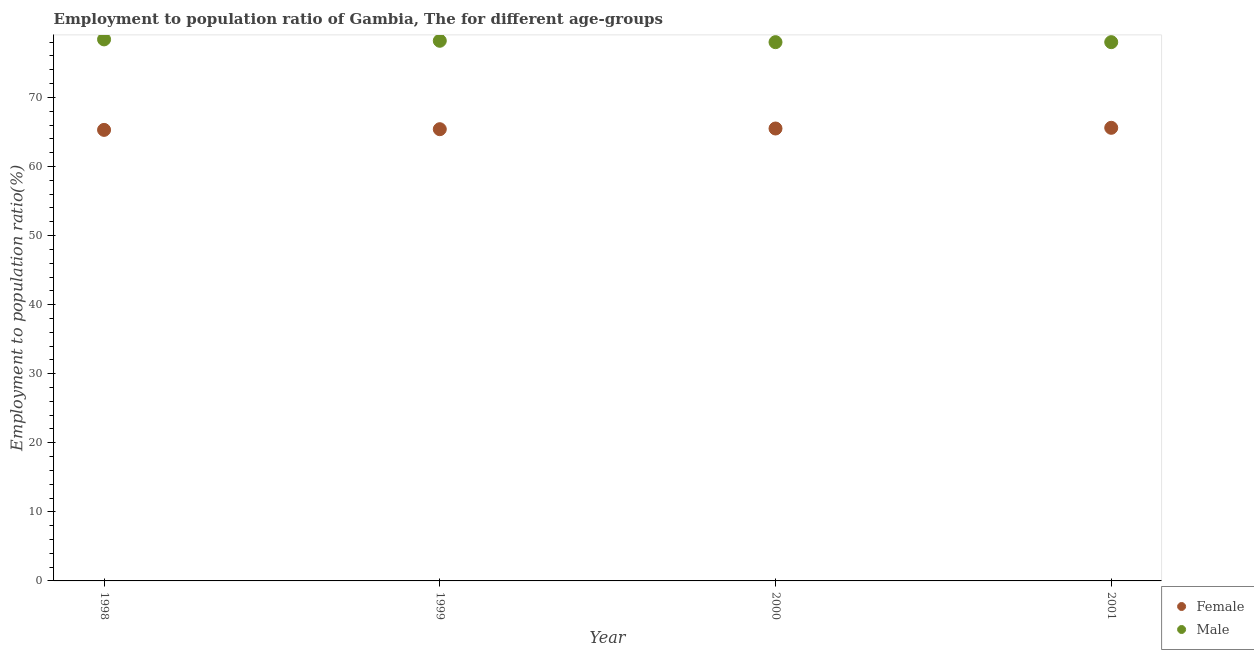
| Year | Female | Male |
 | --- | --- | --- |
 | 1998 | 65.3 | 78.4 |
 | 1999 | 65.4 | 78.2 |
 | 2000 | 65.5 | 78 |
 | 2001 | 65.6 | 78 |